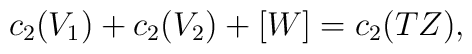
c_2(V_1)+c_2(V_2)+[W]=c_2(TZ),